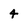
Character: 4